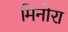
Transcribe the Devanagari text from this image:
मिनोरा